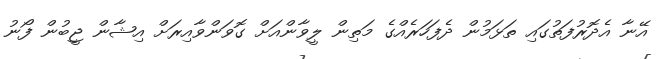
އޭނާ އެދޮރުފަތުގައި ތަޅަމުން ދެފަހަރެއްގެ މަތިން ލީވާންއަށް ގޮވަންވާއިރަށް އިޝާން ޖީބުން ފޯނު